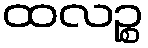
ထလဉ္စ